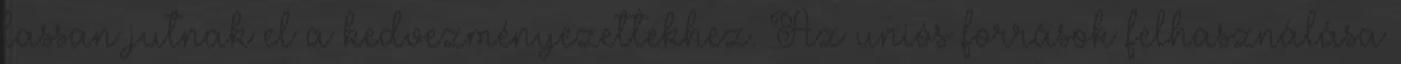
lassan jutnak el a kedvezményezettekhez. Az uniós források felhasználása